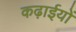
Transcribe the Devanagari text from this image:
कढ़ाईयों